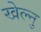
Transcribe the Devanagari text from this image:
खेल्नु